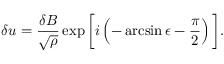
\delta \boldsymbol { u } = \frac { \delta \boldsymbol { B } } { \sqrt { \rho } } \exp \bigg [ i \left( - \arcsin \epsilon - \frac { \pi } { 2 } \right) \bigg ] .